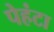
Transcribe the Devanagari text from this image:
पेहंटा